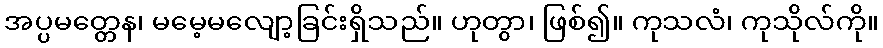
အပ္ပမတ္တေန၊ မမေ့မလျော့ခြင်းရှိသည်။ ဟုတွာ၊ ဖြစ်၍။ ကုသလံ၊ ကုသိုလ်ကို။